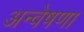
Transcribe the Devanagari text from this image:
अन्वेषणा